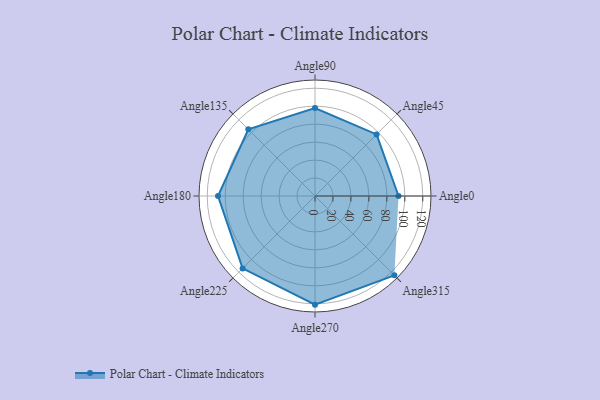
{"axis": {"x": "Angle", "y": "Radius"}, "legend": [""], "data": [{"x": "Angle0", "y": 93.0, "type": ""}, {"x": "Angle45", "y": 97.0, "type": ""}, {"x": "Angle90", "y": 98.0, "type": ""}, {"x": "Angle135", "y": 105.0, "type": ""}, {"x": "Angle180", "y": 108.0, "type": ""}, {"x": "Angle225", "y": 114.0, "type": ""}, {"x": "Angle270", "y": 121.0, "type": ""}, {"x": "Angle315", "y": 125.0, "type": ""}]}